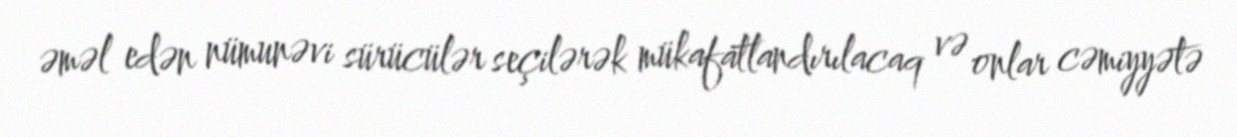
əməl edən nümunəvi sürücülər seçilərək mükafatlandırılacaq və onlar cəmiyyətə